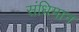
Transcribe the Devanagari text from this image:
संधिमान